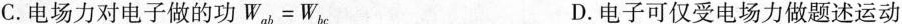
C.电场力对电子做的功W_{ab}=W_{bc} D.电子可仅受电场力做题述运动